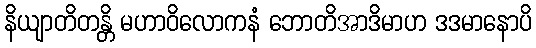
နိယျာတိတန္တိ မဟာဝိလောကနံ ဘောတိအာဒိမာဟ ဒဒမာနောပိ